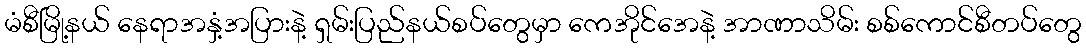
မံစီမြို့နယ် နေရာအနှံ့အပြားနဲ့ ရှမ်းပြည်နယ်စပ်တွေမှာ ကေအိုင်အေနဲ့ အာဏာသိမ်း စစ်ကောင်စီတပ်တွေ